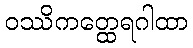
ဝဿိကတ္ထေရဂါထာ